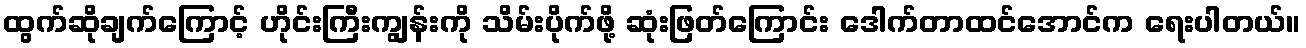
ထွက်ဆိုချက်ကြောင့် ဟိုင်းကြီးကျွန်းကို သိမ်းပိုက်ဖို့ ဆုံးဖြတ်ကြောင်း ဒေါက်တာထင်အောင်က ရေးပါတယ်။